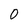
Character: 0